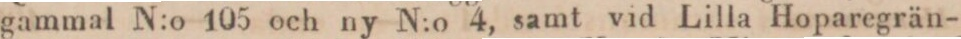
gammal N:o 105 och ny N:o 4, samt vid Lilla Hoparegrän-